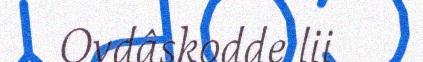
Ovdâskodde lii